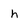
Character: h